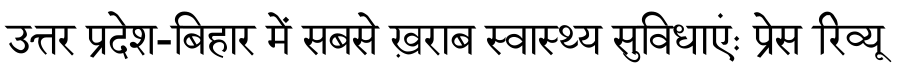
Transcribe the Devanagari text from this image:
उत्तर प्रदेश-बिहार में सबसे ख़राब स्वास्थ्य सुविधाएंः प्रेस रिव्यू